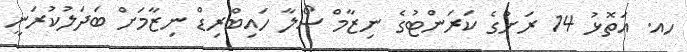
ހއ. އަތޮޅު 14 ރަށުގެ ކަރަންޓުގެ ނިޒާމް ސޯލާ ހައިބްރިޑް ނިޒާމަށް ބަދަލުކުރަނީ